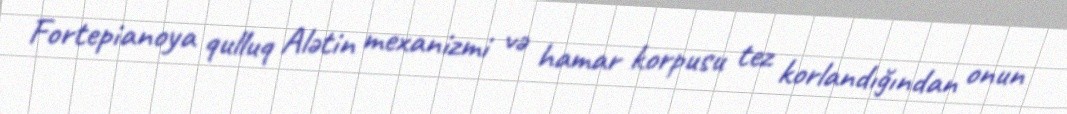
Fortepianoya qulluq Alətin mexanizmi və hamar korpusu tez korlandığından onun